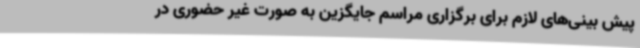
پیش بینی‌های لازم برای برگزاری مراسم جایگزین به صورت غیر حضوری در